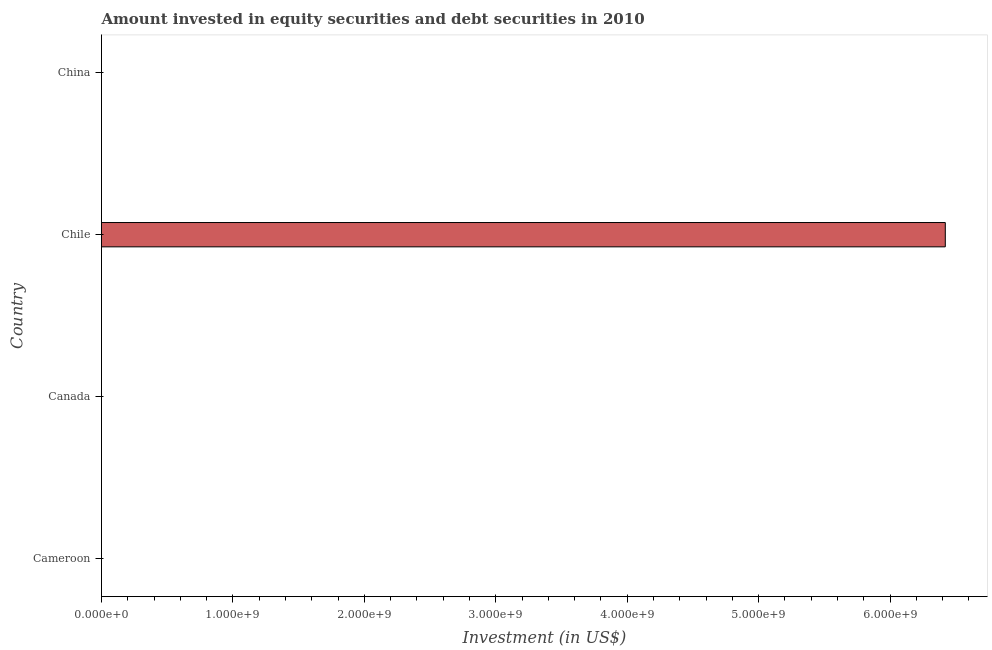
| Country | Portfolio Investment |
 | --- | --- |
 | Cameroon | -7.43e+07 |
 | Canada | -9.63e+10 |
 | Chile | 6.42e+09 |
 | China | -2.4e+10 |